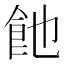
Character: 𩚉